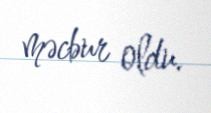
məcbur oldu.